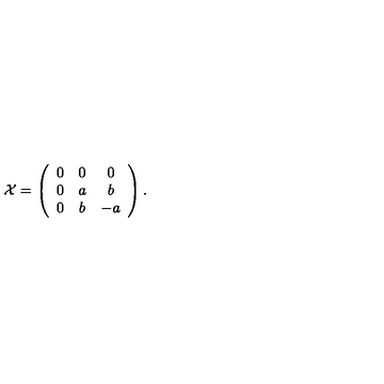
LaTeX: { \cal X } = \left( \begin{array} { c c c } { 0 } & { 0 } & { 0 } \\ { 0 } & { a } & { b } \\ { 0 } & { b } & { - a } \\ \end{array} \right) .